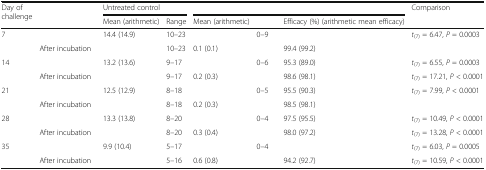
<table><thead><tr><td rowspan="2"><b>Day of challenge</b></td><td rowspan="2">[EMPTY_CELL]</td><td colspan="2"><b>Untreated control</b></td><td colspan="3">[EMPTY_CELL]</td><td rowspan="2"><b>Comparison</b></td></tr><tr><td><b>Mean (arithmetic)</b></td><td><b>Range</b></td><td><b>Mean (arithmetic)</b></td><td>[EMPTY_CELL]</td><td><b>Efficacy (%) (arithmetic mean efficacy)</b></td></tr></thead><tbody><tr><td rowspan="2">7</td><td>[EMPTY_CELL]</td><td>14.4 (14.9)</td><td>10–23</td><td>[EMPTY_CELL]</td><td>0–9</td><td>[EMPTY_CELL]</td><td><i>t</i><sub>(7)</sub> = 6.47, <i>P</i> = 0.0003</td></tr><tr><td>After incubation</td><td>[EMPTY_CELL]</td><td>10–23</td><td>0.1 (0.1)</td><td>[EMPTY_CELL]</td><td>99.4 (99.2)</td><td>[EMPTY_CELL]</td></tr><tr><td rowspan="2">14</td><td>[EMPTY_CELL]</td><td>13.2 (13.6)</td><td>9–17</td><td>[EMPTY_CELL]</td><td>0–6</td><td>95.3 (89.0)</td><td><i>t</i><sub>(7)</sub> = 6.55, <i>P</i> = 0.0003</td></tr><tr><td>After incubation</td><td>[EMPTY_CELL]</td><td>9–17</td><td>0.2 (0.3)</td><td>[EMPTY_CELL]</td><td>98.6 (98.1)</td><td><i>t</i><sub>(7)</sub> = 17.21, <i>P</i> &lt; 0.0001</td></tr><tr><td rowspan="2">21</td><td>[EMPTY_CELL]</td><td>12.5 (12.9)</td><td>8–18</td><td>[EMPTY_CELL]</td><td>0–5</td><td>95.5 (90.3)</td><td><i>t</i><sub>(7)</sub> = 7.99, <i>P</i> &lt; 0.0001</td></tr><tr><td>After incubation</td><td>[EMPTY_CELL]</td><td>8–18</td><td>0.2 (0.3)</td><td>[EMPTY_CELL]</td><td>98.5 (98.1)</td><td>[EMPTY_CELL]</td></tr><tr><td rowspan="2">28</td><td>[EMPTY_CELL]</td><td>13.3 (13.8)</td><td>8–20</td><td>[EMPTY_CELL]</td><td>0–4</td><td>97.5 (95.5)</td><td><i>t</i><sub>(7)</sub> = 10.49, <i>P</i> &lt; 0.0001</td></tr><tr><td>After incubation</td><td>[EMPTY_CELL]</td><td>8–20</td><td>0.3 (0.4)</td><td>[EMPTY_CELL]</td><td>98.0 (97.2)</td><td><i>t</i><sub>(7)</sub> = 13.28, <i>P</i> &lt; 0.0001</td></tr><tr><td rowspan="2">35</td><td>[EMPTY_CELL]</td><td>9.9 (10.4)</td><td>5–17</td><td>[EMPTY_CELL]</td><td>0–4</td><td>[EMPTY_CELL]</td><td><i>t</i><sub>(7)</sub> = 6.03, <i>P</i> = 0.0005</td></tr><tr><td>After incubation</td><td>[EMPTY_CELL]</td><td>5–16</td><td>0.6 (0.8)</td><td>[EMPTY_CELL]</td><td>94.2 (92.7)</td><td><i>t</i><sub>(7)</sub> = 10.59, <i>P</i> &lt; 0.0001</td></tr></tbody></table>